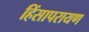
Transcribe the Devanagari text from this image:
हिंसापरायण